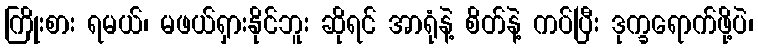
ကြိုးစား ရမယ်၊ မဖယ်ရှားနိုင်ဘူး ဆိုရင် အာရုံနဲ့ စိတ်နဲ့ ကပ်ပြီး ဒုက္ခရောက်ဖို့ပဲ၊